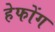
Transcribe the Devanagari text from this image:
हेफोंग